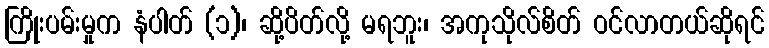
ကြိုးပမ်းမှုက နံပါတ် (၁)၊ ဆို့ပိတ်လို့ မရဘူး၊ အကုသိုလ်စိတ် ဝင်လာတယ်ဆိုရင်